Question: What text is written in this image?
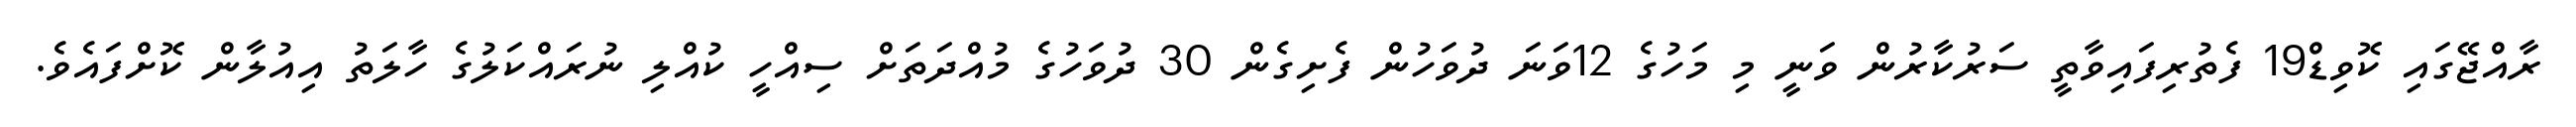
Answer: ރާއްޖޭގައި ކޮވިޑް19 ފެތުރިފައިވާތީ ސަރުކާރުން ވަނީ މި މަހުގެ 12ވަނަ ދުވަހުން ފެށިގެން 30 ދުވަހުގެ މުއްދަތަށް ސިއްހީ ކުއްލި ނުރައްކަލުގެ ހާލަތު އިއުލާން ކޮށްފައެވެ.